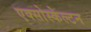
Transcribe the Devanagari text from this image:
एक्सोस्केल्टन